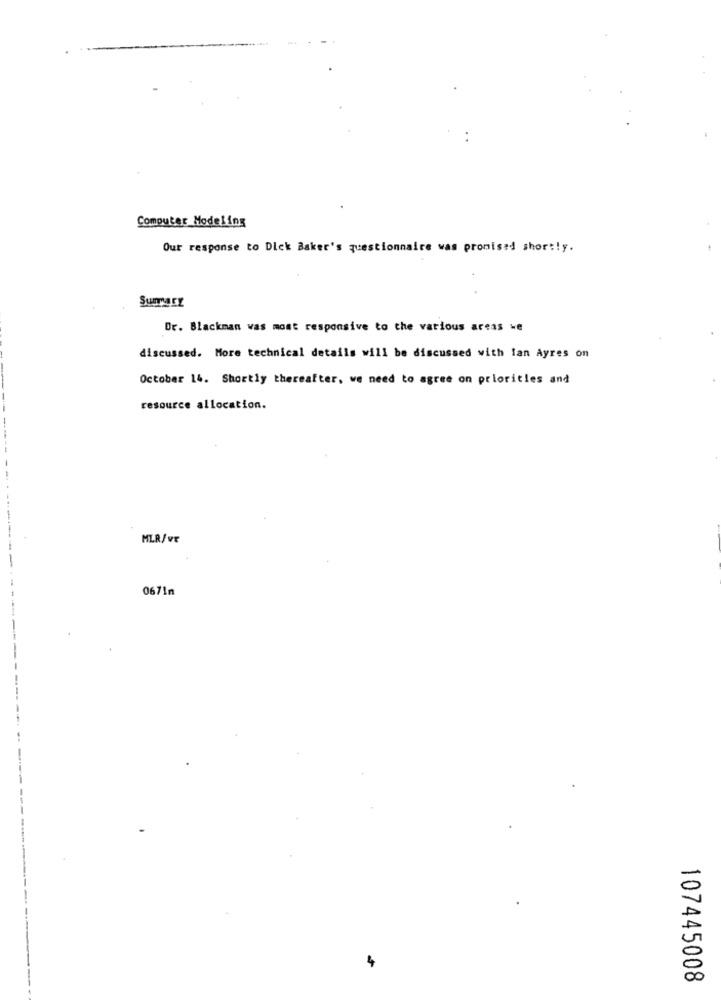
Computer Modeling
Our response to Dick Baker's questionnaire was promised short!y.
Dr. Blackman was most responsive to the various areas we
discussed. More technical details will be discussed with lan Ayres on
October 14. Shortly thereafter, we need to agree on priorities and
resource allocation.
MLR/VE
0671m
107445008